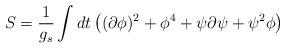
LaTeX: \begin{align*}S = {1 \over g_s} \int dt \left( (\partial \phi)^2 + \phi^4 + \psi\partial \psi + \psi^2 \phi \right)\end{align*}